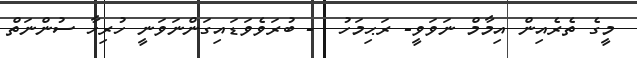
މީގެ ތެރެއިން އިމާމް ނަވަވީ- ރަޙިމަހު  - ބުރަވެވަޑައިގަންނަވަނީ ހުރިހާ ސުންނަތް